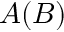
A ( B )